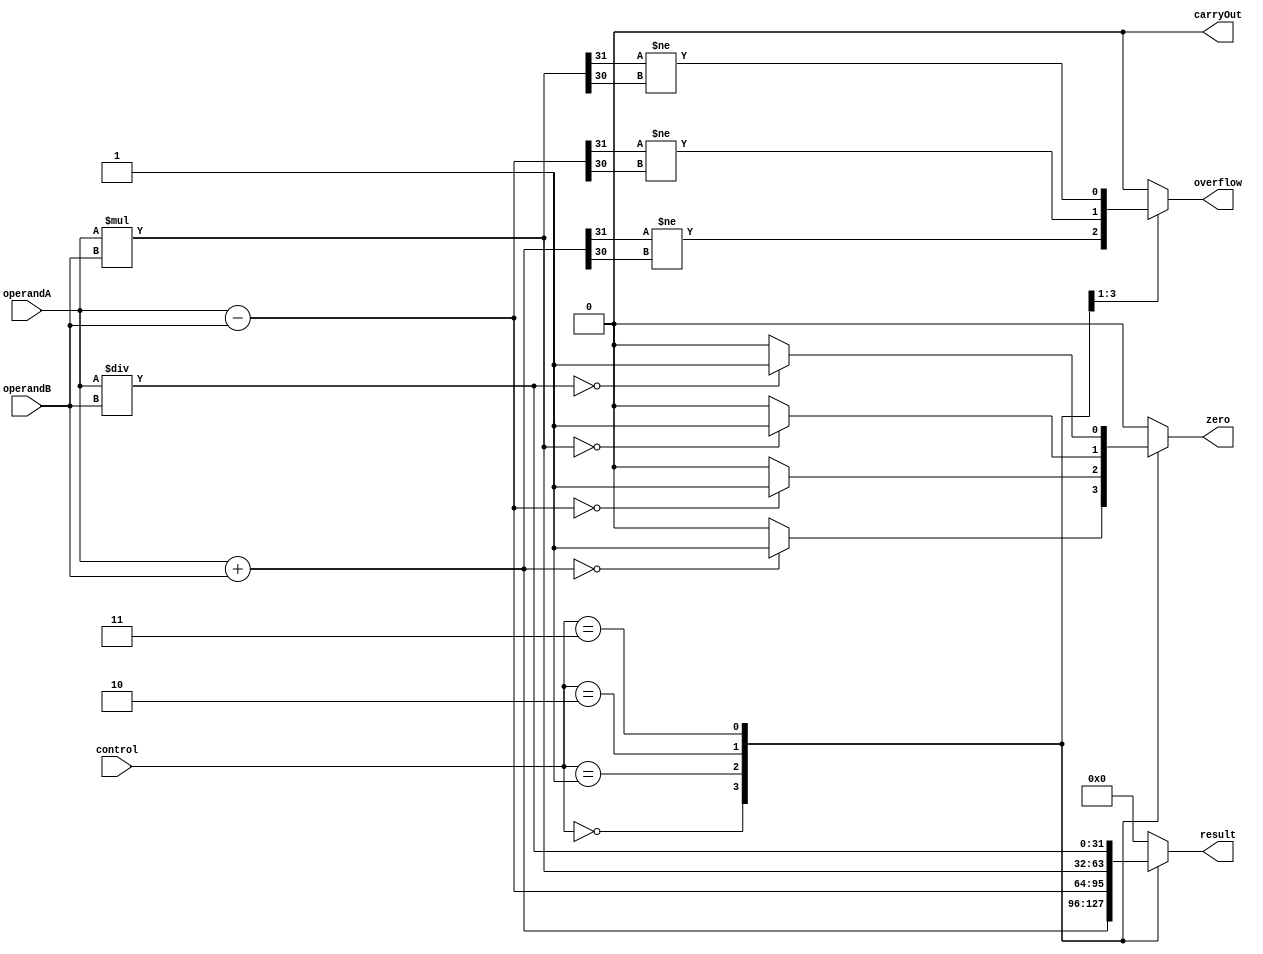
module ALU (
    input [31:0] operandA,
    input [31:0] operandB,
    input [2:0] control,
    output reg [31:0] result,
    output reg carryOut,
    output reg overflow,
    output reg zero
);

reg [31:0] addResult, subResult, mulResult, divResult;

always @*
begin
    case(control)
        3'b000: begin // Addition
            addResult = operandA + operandB;
            result = addResult;
            carryOut = (addResult[32] == 1) ? 1 : 0;
            overflow = (addResult[31] != addResult[30]);
            zero = (result == 0) ? 1 : 0;
        end
        3'b001: begin // Subtraction
            subResult = operandA - operandB;
            result = subResult;
            carryOut = (subResult[32] == 1) ? 1 : 0;
            overflow = (subResult[31] != subResult[30]);
            zero = (result == 0) ? 1 : 0;
        end
        3'b010: begin // Multiplication
            mulResult = operandA * operandB;
            result = mulResult;
            carryOut = (mulResult[32] == 1) ? 1 : 0;
            overflow = (mulResult[31] != mulResult[30]);
            zero = (result == 0) ? 1 : 0;
        end
        3'b011: begin // Division
            divResult = operandA / operandB;
            result = divResult;
            carryOut = 0; // Division does not set carry out flag
            overflow = 0; // Division does not set overflow flag
            zero = (result == 0) ? 1 : 0;
        end
        default: begin
            result = 0;
            carryOut = 0;
            overflow = 0;
            zero = 0;
        end
    endcase
end

endmodule